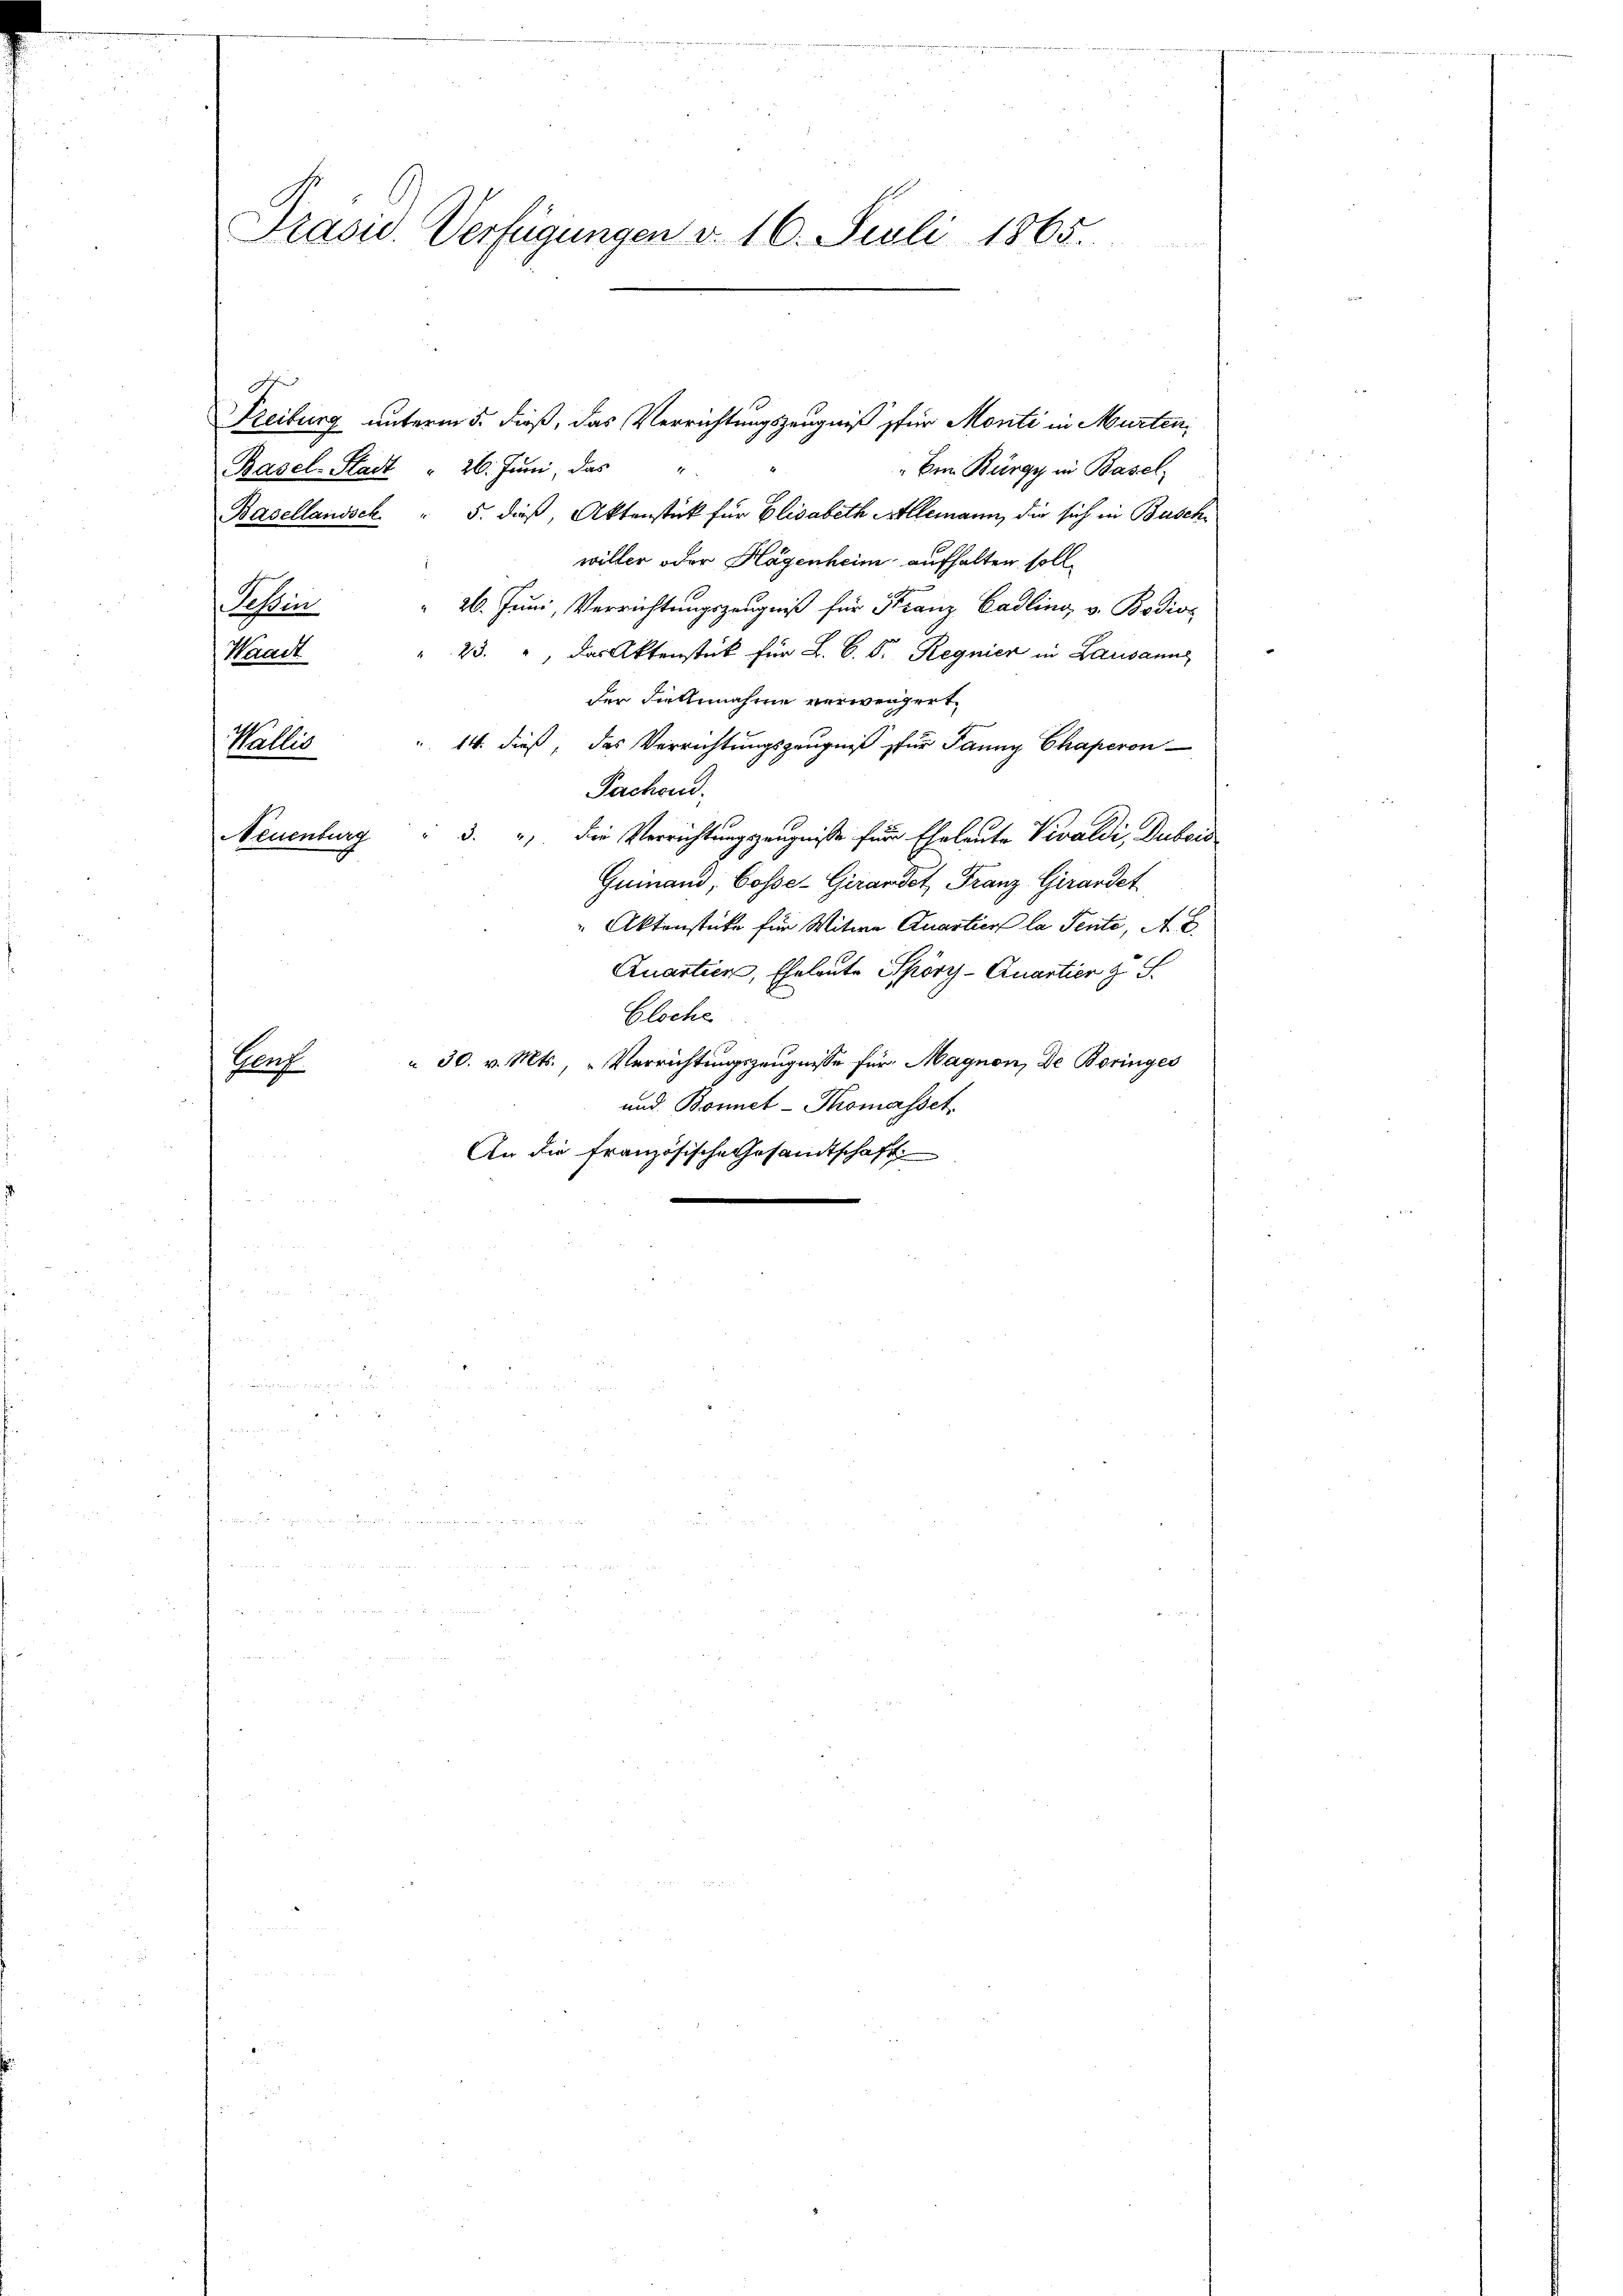
Präsid. Verfügungen v. 16. Juli 1865.

d
Basel-Stadt " 26. Juni, das
"Ein Bürgy in Basel
Basellandsck " 5. dieß, Aktenstück für Elisabeth Allemann, die sich in Busch
willer oder Hagenheim aufhalten soll
26. Juni, Verrichtungszeugniß für Franz Cadling v. Bodios
Kosten
23. " Das Aktenstück für L. C. Fr. Regnier in Lausanne
Baack
der Fielnnahme verwengert,
14. dieß, das Verrichtungszeugniß für Janny Chaperon
Wallis
Pachen.
Neuenburg
3. " Die Verrichtungszeugniße für Eheleute Veraldi, Dubois
Guinand, Cosse- Girardet Franz Girardet
 Aktenstücke für Witwe Quartier la Senti, A. E.
Quartier, Eheleute Spöry-Quartier zu S.
Bloche
 30. v. Mts., „Verrichtungszeugnisse für Magnon, De Boringes
Honf.
und Bonnet-Thomasset.
An die französische Gesandtschaft
18

Freiburg unterm 5. dieß, das Verrichtungszeugniß für Monti in Murten